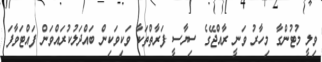
ވިލީ މުޓުންގާ މިހާރު ވަނީ ރާއްޖޭގެ ސިޔާސީ ފަރާތްތަކާ ވަކިވަކިން ބައްދަލުކުރައްވަން ފައްޓަވާފަ